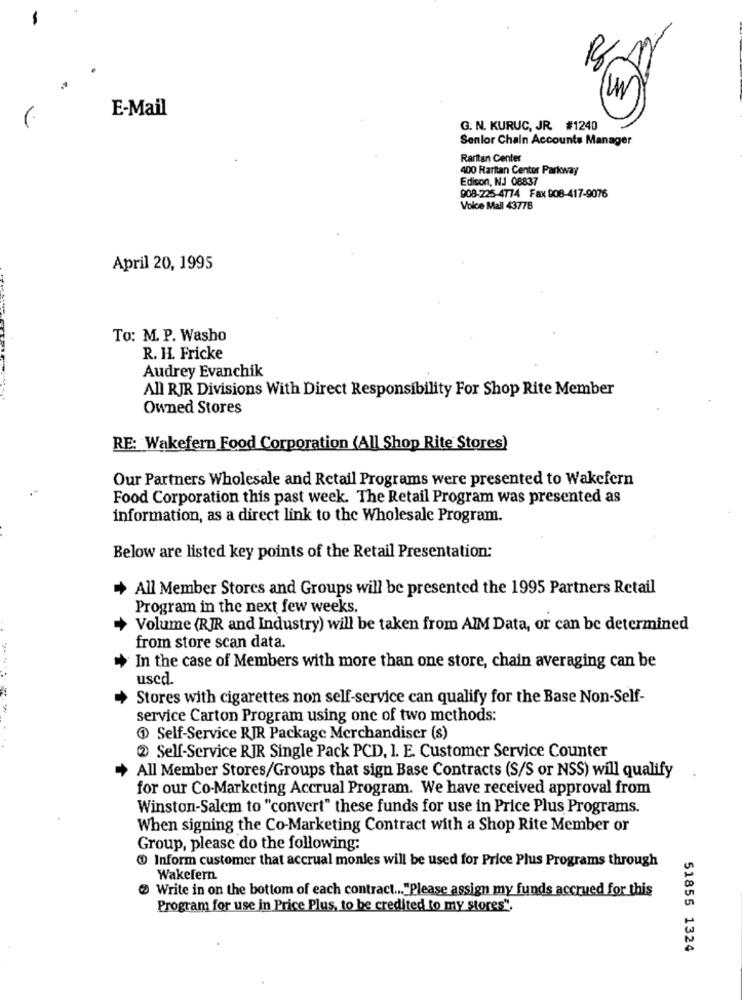
(UN)
E-Mail
G. N. KURUC, JR. #1240
Senior Chain Accounts Manager
Raritan Center
400 Raritan Center Parkway
Edison, NJ 08837
908-225-4774 Fax 908-417-9076
Voice Mall 43778
April 20, 1995
To: M. P. Washo
R. H. Fricke
Audrey Evanchik
All RJR Divisions With Direct Responsibility For Shop Rite Member
Owned Stores
RE: Wakefern Food Corporation (All Shop Rite Stores)
Our Partners Wholesale and Retail Programs were presented to Wakefern
Food Corporation this past week. The Retail Program was presented as
information, as a direct link to the Wholesale Program.
Below are listed key points of the Retail Presentation:
All Member Stores and Groups will be presented the 1995 Partners Retail
Program in the next few weeks.
Volume (RJR and Industry) will be taken from AIM Data, or can be determined
from store scan data.
In the case of Members with more than one store, chain averaging can be
used.
Stores with cigarettes non self-service can qualify for the Base Non-Self-
service Carton Program using one of two methods:
@ Self-Service RJR Package Merchandiser (s)
2 Self-Service RJR Single Pack PCD, 1. E. Customer Service Counter
All Member Stores/Groups that sign Base Contracts (S/S or NSS) will qualify
for our Co-Marketing Accrual Program. We have received approval from
Winston-Salem to "convert" these funds for use in Price Plus Programs.
When signing the Co-Marketing Contract with a Shop Rite Member or
Group, please do the following:
Inform customer that accrual monies will be used for Price Plus Programs through
Wakefern.
Write in on the bottom of each contract ... "Please assign my funds accrued for this
Program for use in Price Plus, to be credited to my stores",
51855 1324